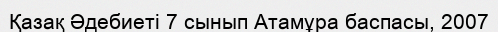
Қазақ Әдебиеті 7 сынып Атамұра баспасы, 2007